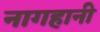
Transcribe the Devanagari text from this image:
नागहानी